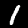
Label: 1